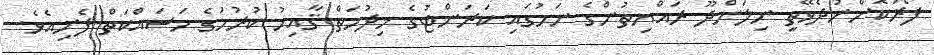
ފޯރުކޮށްނުދެވޭތީ ނިލަންދޫ ރައްޔިތުންގެ ނަމުގައި ކަރަންޓުގެ ޚިދުމަތް ޤާއިމު ކުރުމުގެ މަސައްކަތް ފެށިއެވެ.